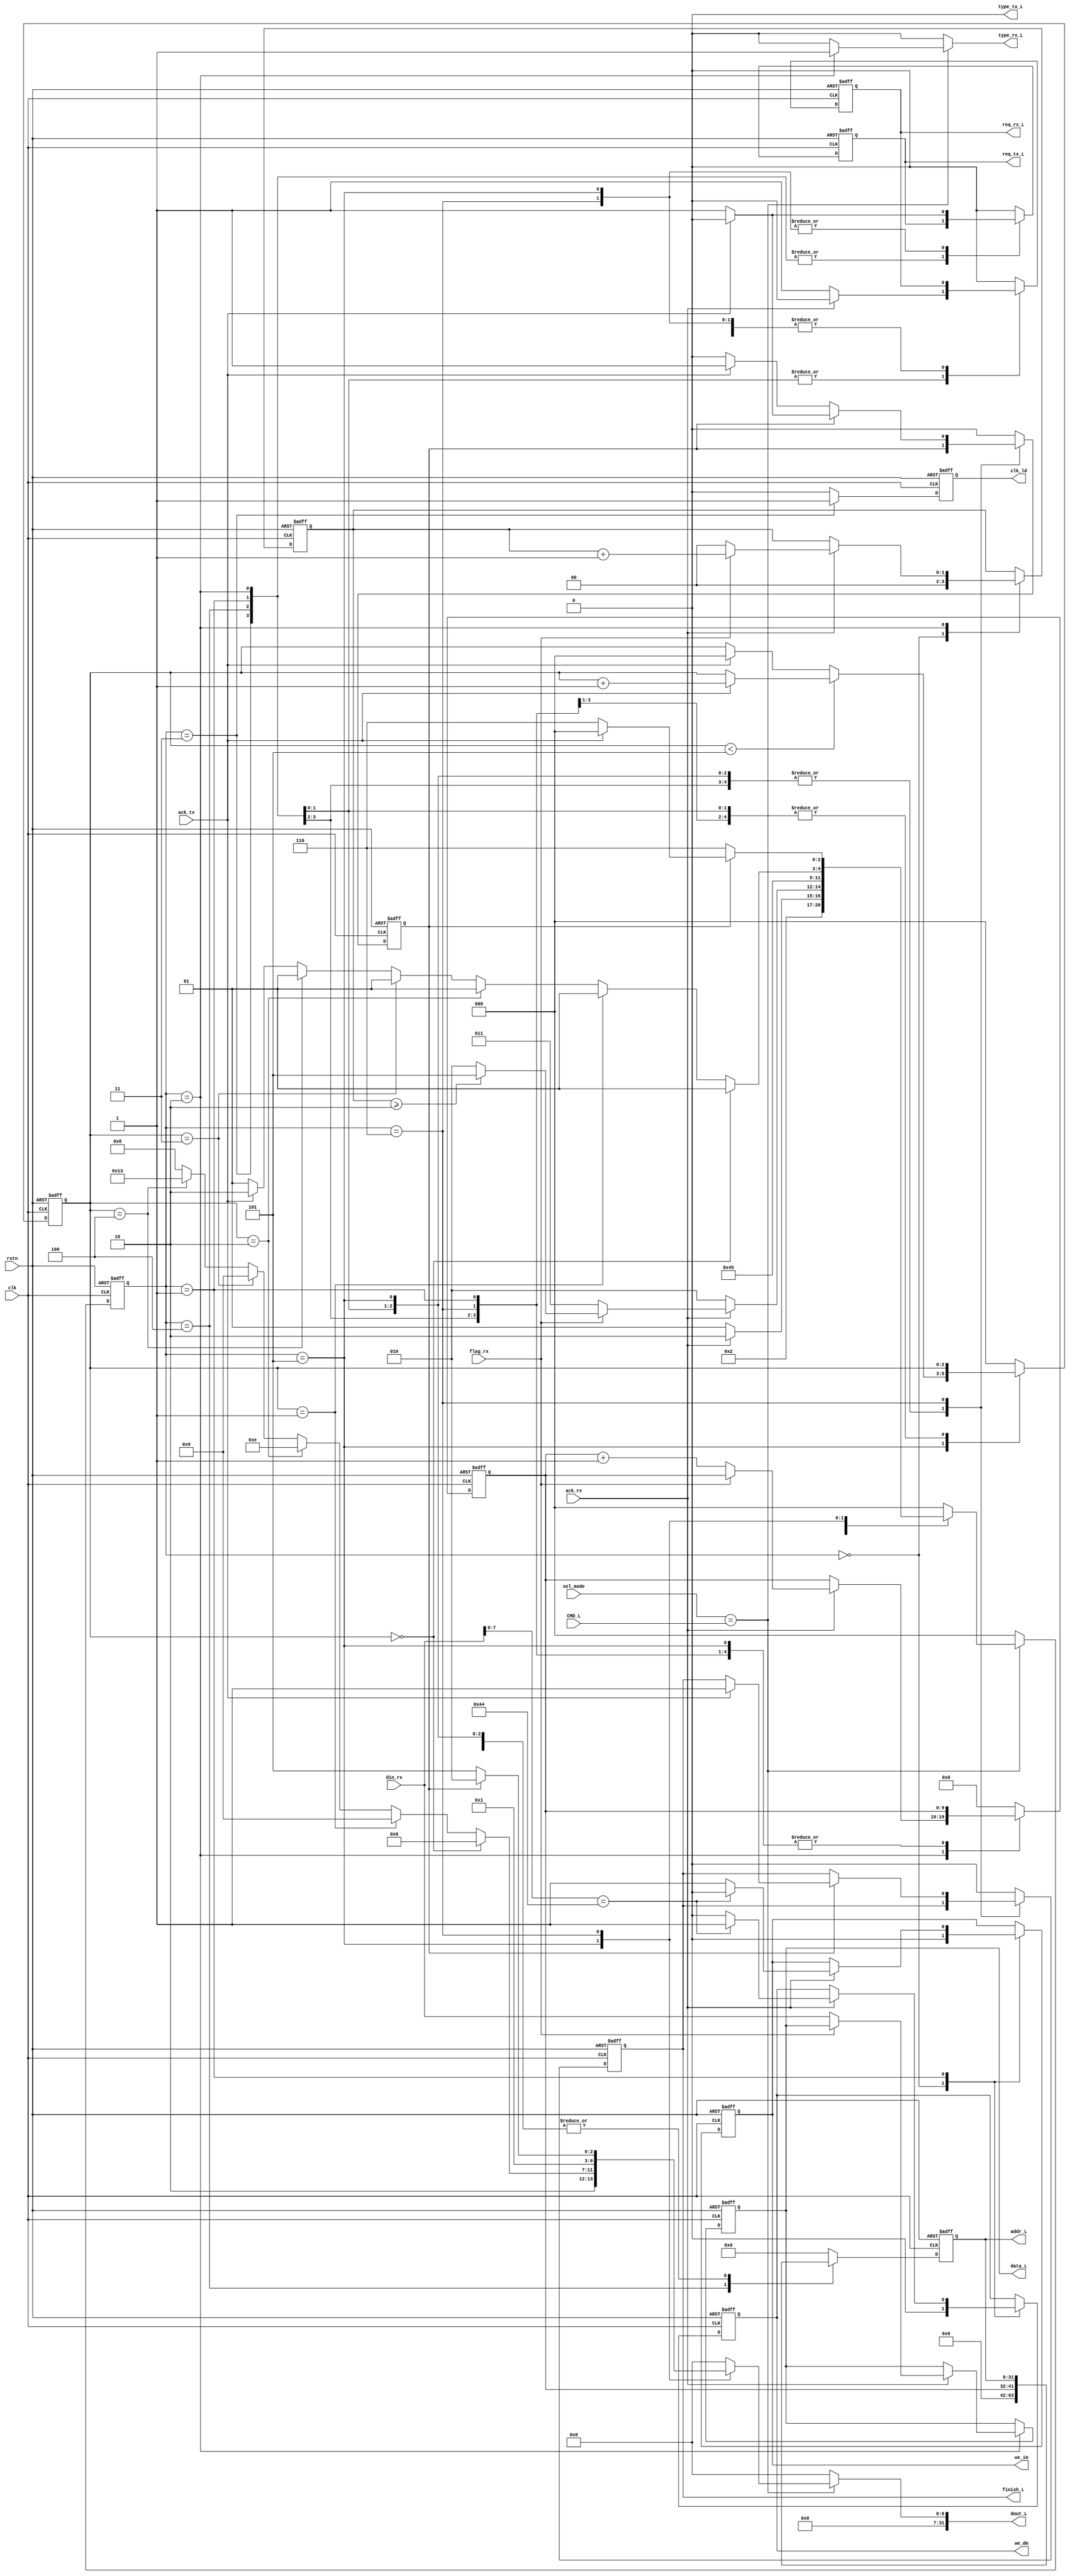
`timescale 1ns / 1ps
module DCP_L(
    input clk,
    input rstn,
    input [7:0] sel_mode,
    input [7:0] CMD_L,
    output reg finish_L,
    output reg [31:0] addr_L,
    input [31:0] din_rx,
    output reg [31:0] data_L,
    input ack_rx,
    input flag_rx,
    input ack_tx,
    output reg req_tx_L,
    output reg type_rx_L,
    output reg req_rx_L,
    output reg type_tx_L,
    output reg [31:0] dout_L,
    output reg we_dm, 
    output reg we_im, 
    output reg clk_ld
);
    parameter [2:0]
    INIT = 3'h0,
    SCAN1 = 3'h1,
    SCAN2 = 3'h2,
    INPUT = 3'h3,
    WAIT = 3'h4,
    PRINT_FINISH = 3'h5,
    FINISH = 3'h6;
    reg [2:0] NS = INIT , CS = INIT;
    reg count_FINISH = 0;
    reg [1:0] count_null = 0;
    reg [2:0] count_PRINT_FINISH = 0;
    reg [9:0] count_DATA = 0;
    wire we;
    assign we = (sel_mode == CMD_L);
    always@(posedge clk or negedge rstn) begin
        if(~rstn) begin
            CS <= INIT;
            finish_L <= 0;
            req_tx_L <= 0;
            req_rx_L <= 0;
            count_FINISH <= 0;
            count_PRINT_FINISH <= 0;
            count_null <= 0;
            count_DATA <= 0;
            addr_L <= 0;
            clk_ld <= 0;
            we_dm <= 0;
            we_im <= 0;
            data_L <=0;
        end
        else begin
            CS <= NS;
            case(CS)
                INIT: begin
                    finish_L <= 0;
                    req_tx_L <= 0;
                    req_rx_L <= 0;
                    count_FINISH <= 0;
                    count_PRINT_FINISH <= 0;
                    count_null <= 0;
                    count_DATA <= 0;
                    clk_ld <= 0;
                    addr_L <= 0;
                    we_dm <= 0;
                    we_im <= 0;
                end
                SCAN1: begin
                    clk_ld <= 0;
                    if(~ack_rx) begin
                        req_rx_L <= 1;
                    end
                    else begin
                        req_rx_L <= 0;
                        if(din_rx[7:0] == 8'h44)begin //LI
                            we_im <= 0;
                            we_dm <= 1;
                        end
                        else begin
                            we_dm <= 0; //LD
                            we_im <=1;
                        end
                    end
                end
                SCAN2:begin
                    clk_ld<=0;
                    if(~ack_rx) begin
                        req_rx_L <= 1;
                    end
                    else begin
                        req_rx_L <= 0;
                        if(!flag_rx) 
                            begin
                            data_L <= din_rx;
                            count_DATA <= count_DATA + 1;
                            count_null <= 0;
                            end
                        else count_null <= count_null + 1;
                    end
                end
                INPUT: begin
                    clk_ld<=1;
                end
                WAIT: begin
                    clk_ld <= 0;
                    addr_L <= count_DATA;
                end
                PRINT_FINISH: begin
                    clk_ld <= 0;
                    if (count_PRINT_FINISH  < 5) begin
                        if (ack_tx) begin 
                            count_PRINT_FINISH <= count_PRINT_FINISH + 1;
                            req_tx_L <= 0;
                        end
                        else req_tx_L <= 1;
                    end
                    else begin
                        if (ack_tx) begin
                            count_PRINT_FINISH <= 0;
                            req_tx_L <= 0;
                        end
                        else req_tx_L <= 1;
                    end
                end
                FINISH: begin
                    clk_ld <= 0;
                    if (count_FINISH == 0) begin
                        if (ack_tx) begin 
                            count_FINISH <= 1;
                            req_tx_L <= 0;
                        end
                        else req_tx_L <= 1;
                    end
                    else begin
                        if (ack_tx) begin
                            count_FINISH <= 0;
                            req_tx_L <= 0;
                            finish_L<=1;
                        end
                        else req_tx_L <= 1;
                    end
                end
                default: begin
                    finish_L <= 0;
                    req_tx_L <= 0;
                    req_rx_L <= 0;
                    count_FINISH <= 0;
                    count_PRINT_FINISH <= 0;
                    count_DATA <= 0;
                    clk_ld <= 0;
                    addr_L <= 0;
                end
            endcase

        end
    end
always@(*) begin
    type_rx_L = 0;
    type_tx_L = 0;
    NS = INIT;
    dout_L = 0;
    if(~we) NS = INIT;
    else case(CS)
        INIT:begin
            if(we) NS = SCAN1;
            else NS = INIT;
        end
        SCAN1: begin
            type_rx_L = 0;
            if(~ack_rx) NS = SCAN1;
            else NS = SCAN2;
        end
        SCAN2: begin
            type_rx_L = 1;
            if(~ack_rx) NS = SCAN2;
            else if(flag_rx == 1) begin
                if(count_null >= 2) NS = PRINT_FINISH;
                else NS = SCAN2;
            end
            else
            NS = INPUT;
        end
        INPUT: begin

            NS = WAIT;
        end
        WAIT: begin
             NS = SCAN2;
        end
        PRINT_FINISH:begin
            type_tx_L = 0;
            if(count_PRINT_FINISH == 0) begin
                dout_L = 32'h46;
                NS = PRINT_FINISH;
            end
            else if(count_PRINT_FINISH == 1) begin
                dout_L = 32'h49;
                NS = PRINT_FINISH;
            end
            else if(count_PRINT_FINISH == 2) begin
                dout_L = 32'h4E;
                NS = PRINT_FINISH;
            end
            else if(count_PRINT_FINISH == 3) begin
                dout_L = 32'h49;
                NS = PRINT_FINISH;
            end
            else if(count_PRINT_FINISH == 4) begin
                dout_L = 32'h53;
                NS = PRINT_FINISH;
            end
            else  begin
                dout_L = 32'h48;
                if(ack_tx)
                NS = FINISH;
                else NS = PRINT_FINISH;
            end
        end
            FINISH: begin
                if (count_FINISH == 0) begin
                    type_tx_L = 0;
                    dout_L = 32'h0d;
                    NS = FINISH;
                end
                else begin
                    type_tx_L = 0;
                    dout_L = 32'h0a;
                    if (ack_tx) begin
                        NS = INIT;
                        
                    end
                    else NS = FINISH;
                end
            end
        
    endcase
end
endmodule